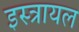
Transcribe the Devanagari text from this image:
इस्त्रायल